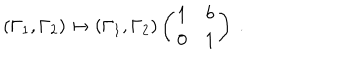
( \Gamma _ { 1 } , \Gamma _ { 2 } ) \mapsto ( \Gamma _ { 1 } , \Gamma _ { 2 } ) \left( \begin{array} { c c } { { 1 } } & { { b } } \\ { { 0 } } & { { 1 } } \\ \end{array} \right) \ .